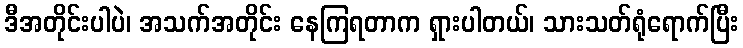
ဒီအတိုင်းပါပဲ၊ အသက်အတိုင်း နေကြရတာက ရှားပါတယ်၊ သားသတ်ရုံရောက်ပြီး